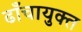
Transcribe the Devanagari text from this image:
ढाँचायुक्त